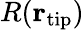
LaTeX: R({\mathbf r}_{\mathrm{tip}})